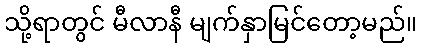
သို့ရာတွင် မီလာနီ မျက်နှာမြင်တော့မည်။